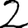
Digit: 2